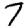
Digit: 7